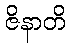
ဇိနာတိ